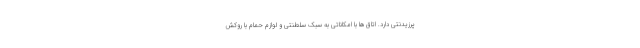
پرزیدنتی دارد. اتاق‌ها با امکاناتی به سبک سلطنتی و لوازم حمام با روکش